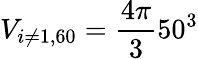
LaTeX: V_{i\neq 1,60}=\frac{4\pi}{3}50^{3}